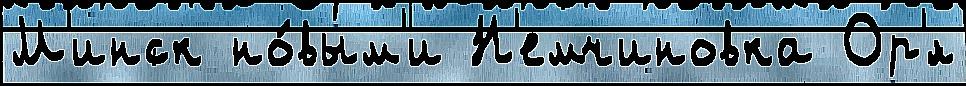
М'инск но́вым'и Н'емчиновка Ор'́л